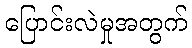
ပြောင်းလဲမှုအတွက်